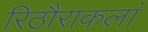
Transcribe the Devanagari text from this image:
रिठौराकलां